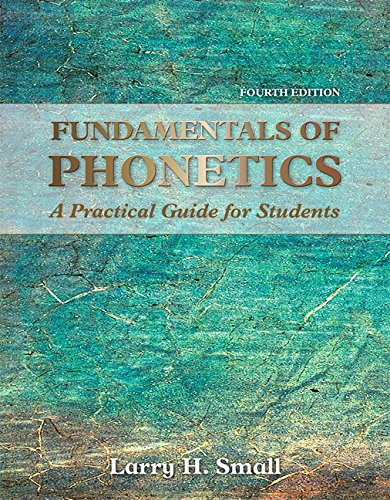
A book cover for Fundamentals of Phonetics: A Practical Guide for Students (4th Edition); Larry H. Small; Medical Books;